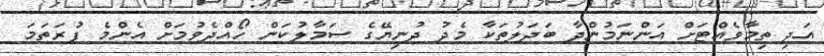
އަދި ތިމާވެއްޓަށް އަންނަމުންދާ ބަދަލުތަކާ މެދު ދުނިޔޭގެ ސަމާލުކަން ހޯއްދެވުމަށް އެންމެ ފުރަތަމަ